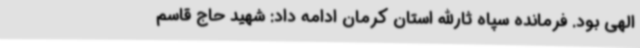
الهی بود. فرمانده سپاه ثارالله استان کرمان ادامه داد: شهید حاج قاسم